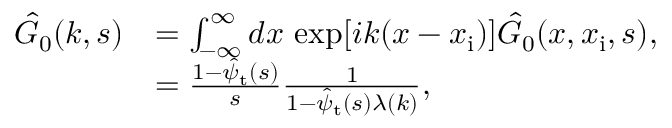
\begin{array} { r l } { \hat { G } _ { 0 } ( k , s ) } & { = \int _ { - \infty } ^ { \infty } d x \, \exp [ i k ( x - x _ { \mathrm { i } } ) ] \hat { G } _ { 0 } ( x , x _ { \mathrm { i } } , s ) , } \\ & { = \frac { 1 - \hat { \psi } _ { \mathrm { t } } ( s ) } { s } \frac { 1 } { 1 - \hat { \psi } _ { \mathrm { t } } ( s ) \lambda ( k ) } , } \end{array}